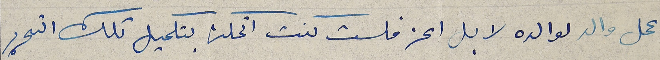
عمل والد لوالده لا بل اعز فلست كنت اتمكن بتكميل تلك التحرير